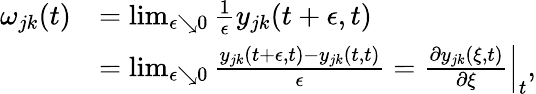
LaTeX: \begin{array}{rl}{\omega_{jk}(t)}&{=\operatorname*{lim}_{\epsilon\searrow 0}\frac{1}{\epsilon}y_{jk}(t+\epsilon,t)}\\ &{=\operatorname*{lim}_{\epsilon\searrow 0}\frac{y_{jk}(t+\epsilon,t)-y_{jk}(t,t)}{\epsilon}=\left.\frac{\partial y_{jk}(\xi,t)}{\partial\xi}\right|_{t},}\end{array}